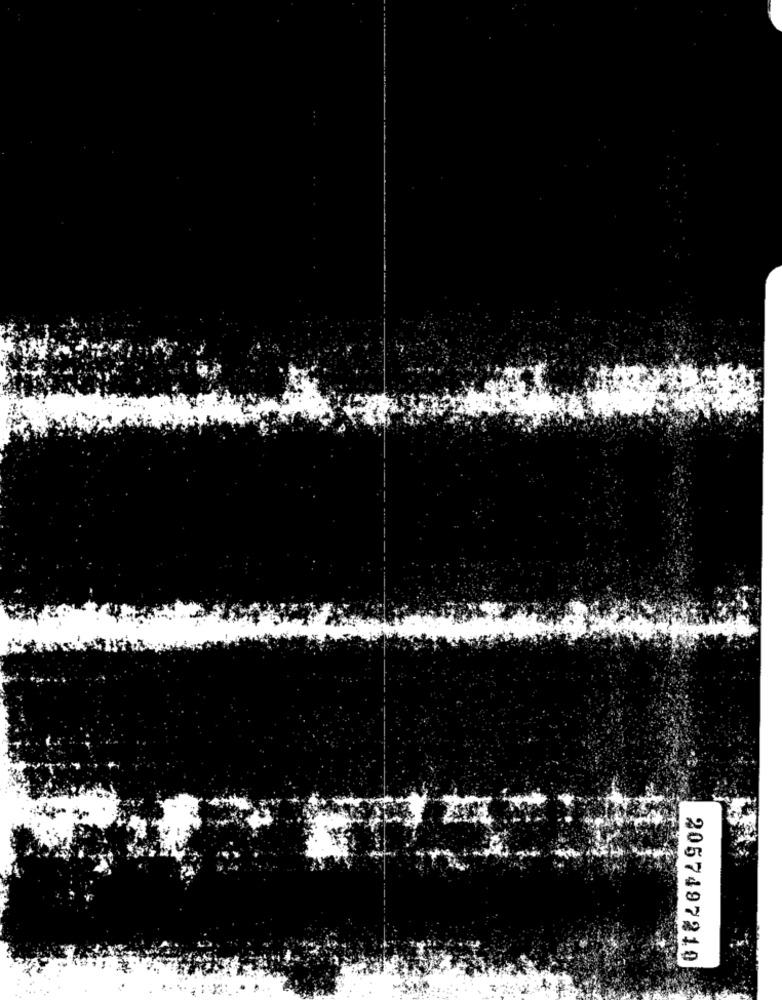
2057497210